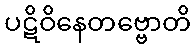
ပဋိဝိနေတဗ္ဗောတိ